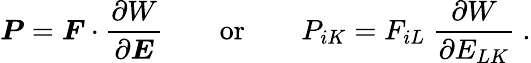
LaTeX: {\boldsymbol{P}}={\boldsymbol{F}}\cdot{\frac{\partial W}{\partial{\boldsymbol{E}}}}\qquad{\mathrm{or}}\qquad P_{iK}=F_{iL}~{\frac{\partial W}{\partial E_{LK}}}~.